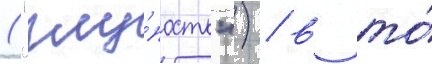
("глу́пость") / в то́